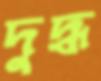
দুদ্ধ